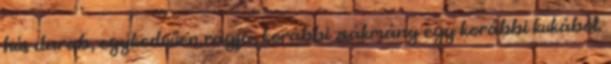
hús darab, egykedvűen rágja, korábbi zsákmány egy korábbi kukából.